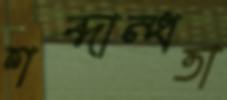
শব্দান্ধতা